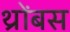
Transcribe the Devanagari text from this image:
थ्रोंबस